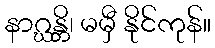
နာဂ္ဃန္တိ၊ မမှီ နိုင်ကုန်။